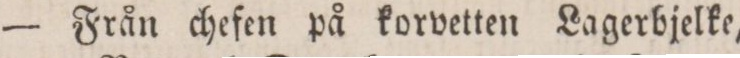
— Från chefen på korvetten Lagerbjelke,